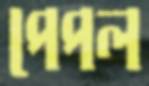
পেপল